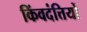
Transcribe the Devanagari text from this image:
किंवदंत्तियों